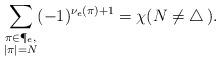
LaTeX: \begin{align*}\sum_{\substack{\pi\in\P_e,\\ |\pi|=N}} (-1)^{\nu_e(\pi)+1} = \chi (N \not= \triangle \,).\end{align*}